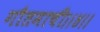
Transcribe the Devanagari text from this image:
गौतमाची।।४।।